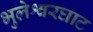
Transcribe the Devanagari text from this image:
भुलेश्वरघाट